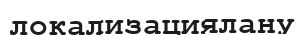
локализациялану